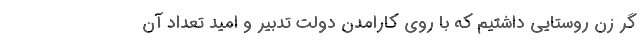
گر زن روستایی داشتیم که با روی کارامدن دولت تدبیر و امید تعداد آن